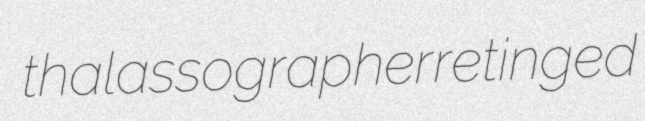
thalassographer retinged